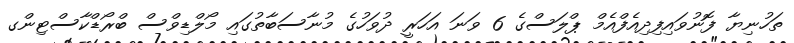
ތަހުނިޔާ ފޮނުވައިފިދިއެފްއެމް ޕްލަސްގެ 6 ވަނަ އަހަރީ ދުވަހުގެ މުނާސަބާތުގައި މޯލްޑިވްސް ބްރޯޑްކާސްޓިންގ